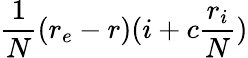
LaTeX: \frac{1}{N}(r_{e}-r)(i+c\frac{r_{i}}{N})